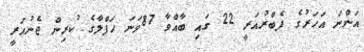
އަންނަ އަހަރުގެ ފެބްރުއަރީ 22 ގައި ބާއްވާ 87ވަނަ ހަފްލާގެ ކުރިން ޖެނުއަރީ